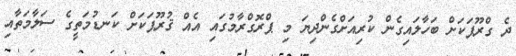
ދެ ގްރޫޕަކަށް ބަހާލައިގެން ކުރިއަށްގެންދިޔަ މި ޕްރޮގްރާމުގައި އެއް ޤުރޫޕަކަށް ކަނޑުމަތީގެ ސަލާމަތާއި